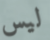
ليس